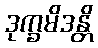
ဒုက္ခမိဒန္တိ